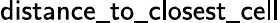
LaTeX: \mathsf{distance\_ to\_ closest\_ cell}